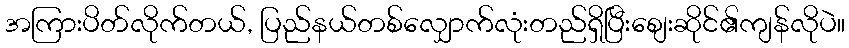
အကြားပိတ်လိုက်တယ်, ပြည်နယ်တစ်လျှောက်လုံးတည်ရှိပြီးစျေးဆိုင်၏ကျန်လိုပဲ။